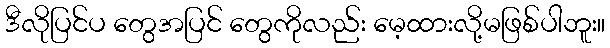
ဒီလိုပြင်ပ တွေအပြင် တွေကိုလည်း မေ့ထားလို့မဖြစ်ပါဘူး။